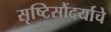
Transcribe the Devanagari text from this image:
सृष्टिसौंदर्याचे